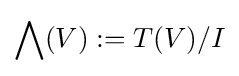
\bigwedge (V):=T(V)/I